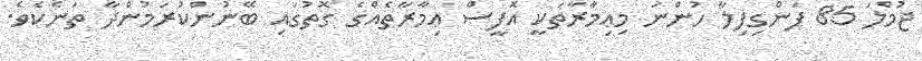
ޖުމްލަ 85 ފަންގިފިލާ ހުންނަ މިޢިމާރާތަކީ އޮފީސް ޢިމާރާތެއްގެ ގޮތުގައި ބޭނުންކުރަމުންދާ ތަނެކެވެ.